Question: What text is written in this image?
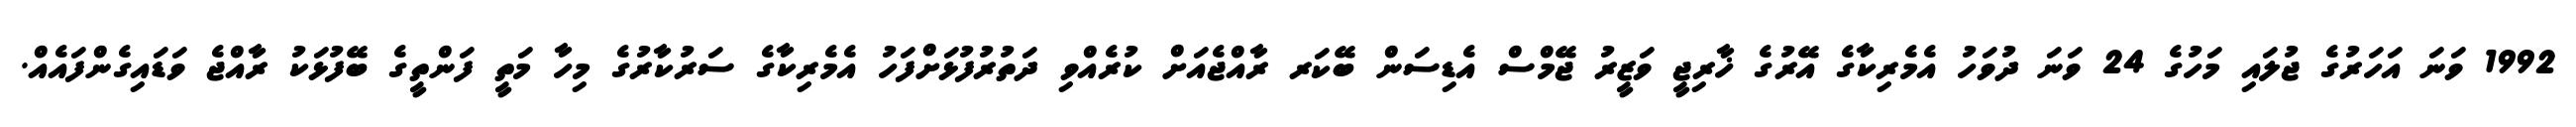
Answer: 1992 ވަނަ އަހަރުގެ ޖުލައި މަހުގެ 24 ވަނަ ދުވަހު އެމެރިކާގެ އޭރުގެ ޚާރިޖީ ވަޒީރު ޖޭމްސް އެޑިސަން ބޭކަރ ރާއްޖެއަށް ކުރެއްވި ދަތުރުފުޅަށްފަހު އެމެރިކާގެ ސަރުކާރުގެ މިހާ މަތީ ފަންތީގެ ބޭފުޅަކު ރާއްޖެ ވަޑައިގެންފައެއް.